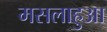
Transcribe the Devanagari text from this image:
मसलाहुआ